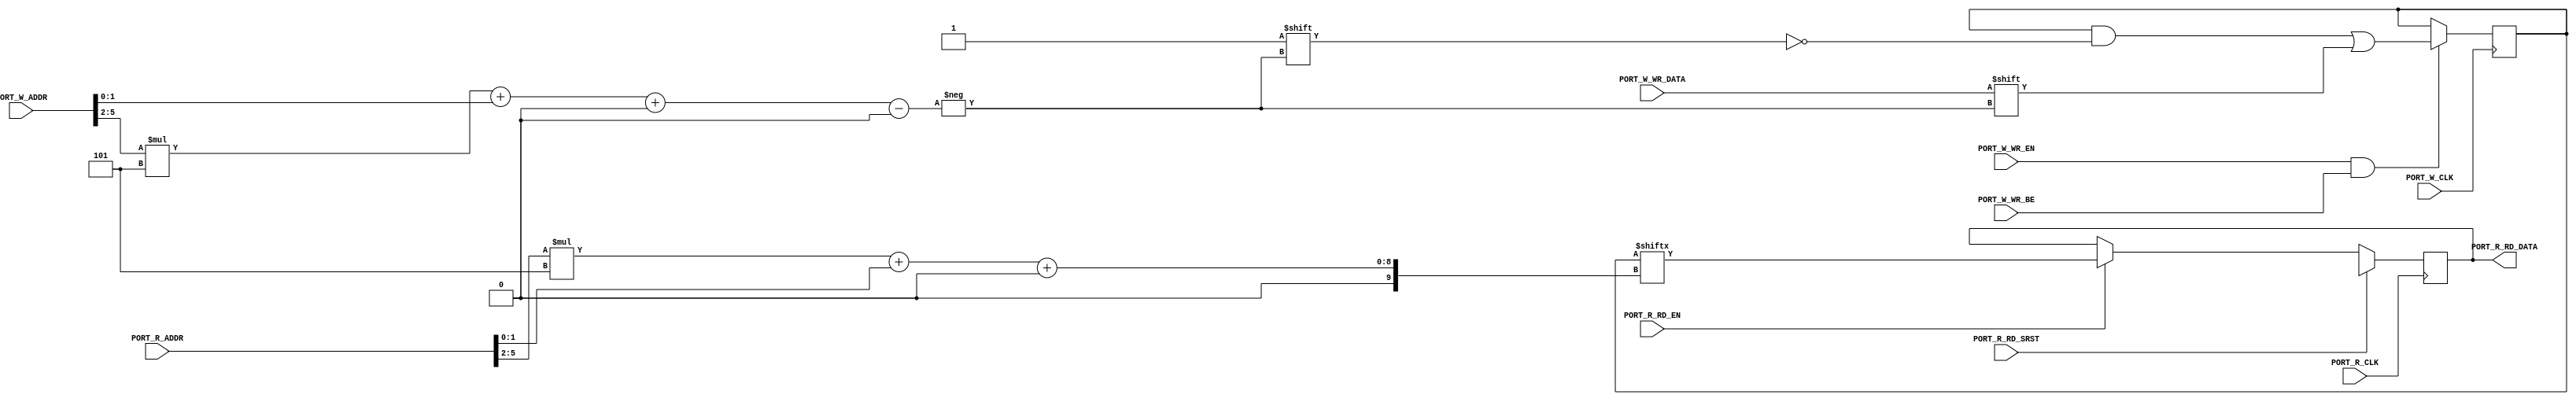
module RAM_WIDE_SDP #(
	parameter [79:0] INIT = 80'hx,
	parameter PORT_R_WIDTH = 1,
	parameter PORT_W_WIDTH = 1,
	parameter PORT_W_WR_BE_WIDTH = 1,
	parameter PORT_R_RD_SRST_VALUE = 16'hx
) (
	input PORT_R_CLK,
	input PORT_R_RD_EN,
	input PORT_R_RD_SRST,
	input [5:0] PORT_R_ADDR,
	output reg [PORT_R_WIDTH-1:0] PORT_R_RD_DATA,
	input PORT_W_CLK,
	input PORT_W_WR_EN,
	input [PORT_W_WR_BE_WIDTH-1:0] PORT_W_WR_BE,
	input [5:0] PORT_W_ADDR,
	input [PORT_W_WIDTH-1:0] PORT_W_WR_DATA
);

reg [79:0] mem;

initial mem = INIT;

always @(posedge PORT_R_CLK)
	if (PORT_R_RD_SRST)
		PORT_R_RD_DATA <= PORT_R_RD_SRST_VALUE;
	else if (PORT_R_RD_EN)
		PORT_R_RD_DATA <= mem[PORT_R_ADDR[5:2] * 5 + PORT_R_ADDR[1:0]+:PORT_R_WIDTH];

generate
	if (PORT_W_WIDTH < 5) begin
		always @(posedge PORT_W_CLK)
			if (PORT_W_WR_EN && PORT_W_WR_BE[0])
				mem[PORT_W_ADDR[5:2] * 5 + PORT_W_ADDR[1:0]+:PORT_W_WIDTH] <= PORT_W_WR_DATA;
	end else begin
		integer i;
		always @(posedge PORT_W_CLK)
			if (PORT_W_WR_EN)
				for (i = 0; i < PORT_W_WR_BE_WIDTH; i = i + 1)
					if (PORT_W_WR_BE[i])
						mem[(PORT_W_ADDR[5:2] + i) * 5+:5] <= PORT_W_WR_DATA[i * 5+:5];
	end
endgenerate

endmodule